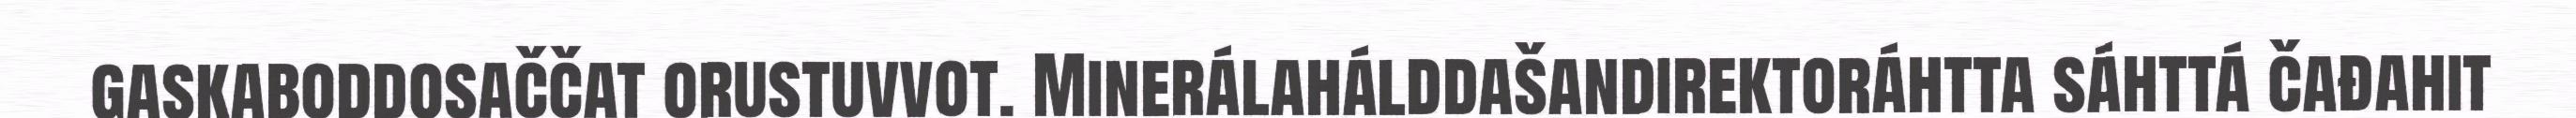
gaskaboddosaččat orustuvvot. Minerálahálddašandirektoráhtta sáhttá čađahit